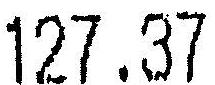
127.37